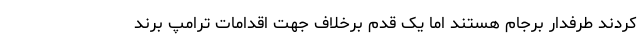
کردند طرفدار برجام هستند اما یک قدم برخلاف جهت اقدامات ترامپ برند